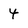
Character: 4